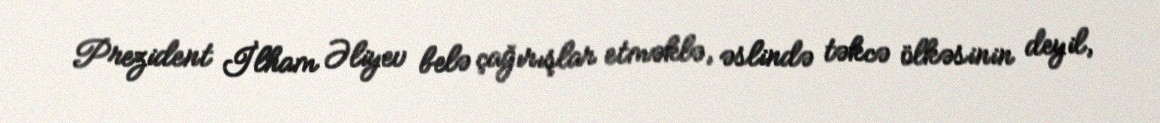
Prezident İlham Əliyev belə çağırışlar etməklə, əslində təkcə ölkəsinin deyil,